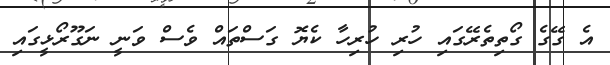
އެ ގޭގެ ގޯތިތެރޭގައި ހުރި ހުރިހާ ކެޔޮ ގަސްތައް ވެސް ވަނީ ނަގޫރޯޅީގައި